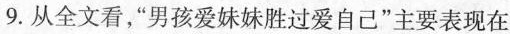
9.从全文看，”男孩爱妹妹胜过爱自己”主要表现在